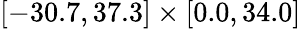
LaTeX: [-30.7,37.3]\times[0.0,34.0]